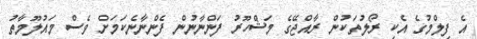
އެ ފިލްމުގެ އެކި ރޯލުތަކުން ރާއްޖޭގެ މަޝްހޫރު ފަންނާނުން ފެންނާނެކަމަށް ވެސް މައުލޫމާތު